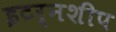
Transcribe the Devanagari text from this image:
इटर्नशीप